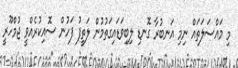
މި މައްސަލަތައް ނިމި އަނބުރާ ގޮނޑި ލިބިވަޑައިގަތުމުން ލަތީފު ފަހުން ސޮއިކުރެއްވީ ޖުމްހޫރީ